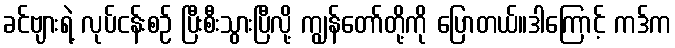
ခင်ဗျားရဲ့ လုပ်ငန်းစဉ် ပြီးစီးသွားပြီလို့ ကျွန်တော်တို့ကို ပြောတယ်။ဒါကြောင့် ကဒ်က